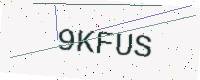
Text: 9KFUS